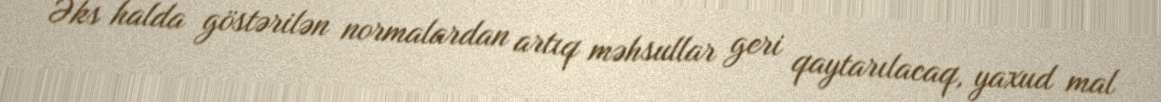
Əks halda göstərilən normalardan artıq məhsullar geri qaytarılacaq, yaxud mal